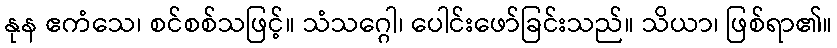
နုန ဧကံသေ၊ စင်စစ်သဖြင့်။ သံသဂ္ဂေါ၊ ပေါင်းဖော်ခြင်းသည်။ သိယာ၊ ဖြစ်ရာ၏။